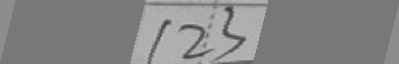
1 2 3